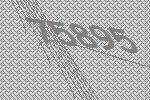
75895